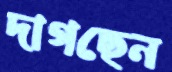
দাগছেন